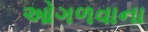
ઓગળવાના